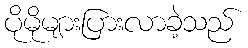
ပိုမိုများပြားလာခဲ့သည်